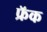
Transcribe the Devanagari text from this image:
फ्रॅक